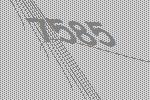
7585